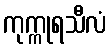
ကုက္ကုရသီလံ